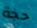
حجة